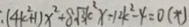
: ( 4 k ^ { 2 } + 1 ) x ^ { 2 } + 8 \sqrt { 3 } k ^ { 2 } x - 1 2 k ^ { 2 } - 4 = 0 ( \ast )